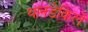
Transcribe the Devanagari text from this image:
थानडेकिले